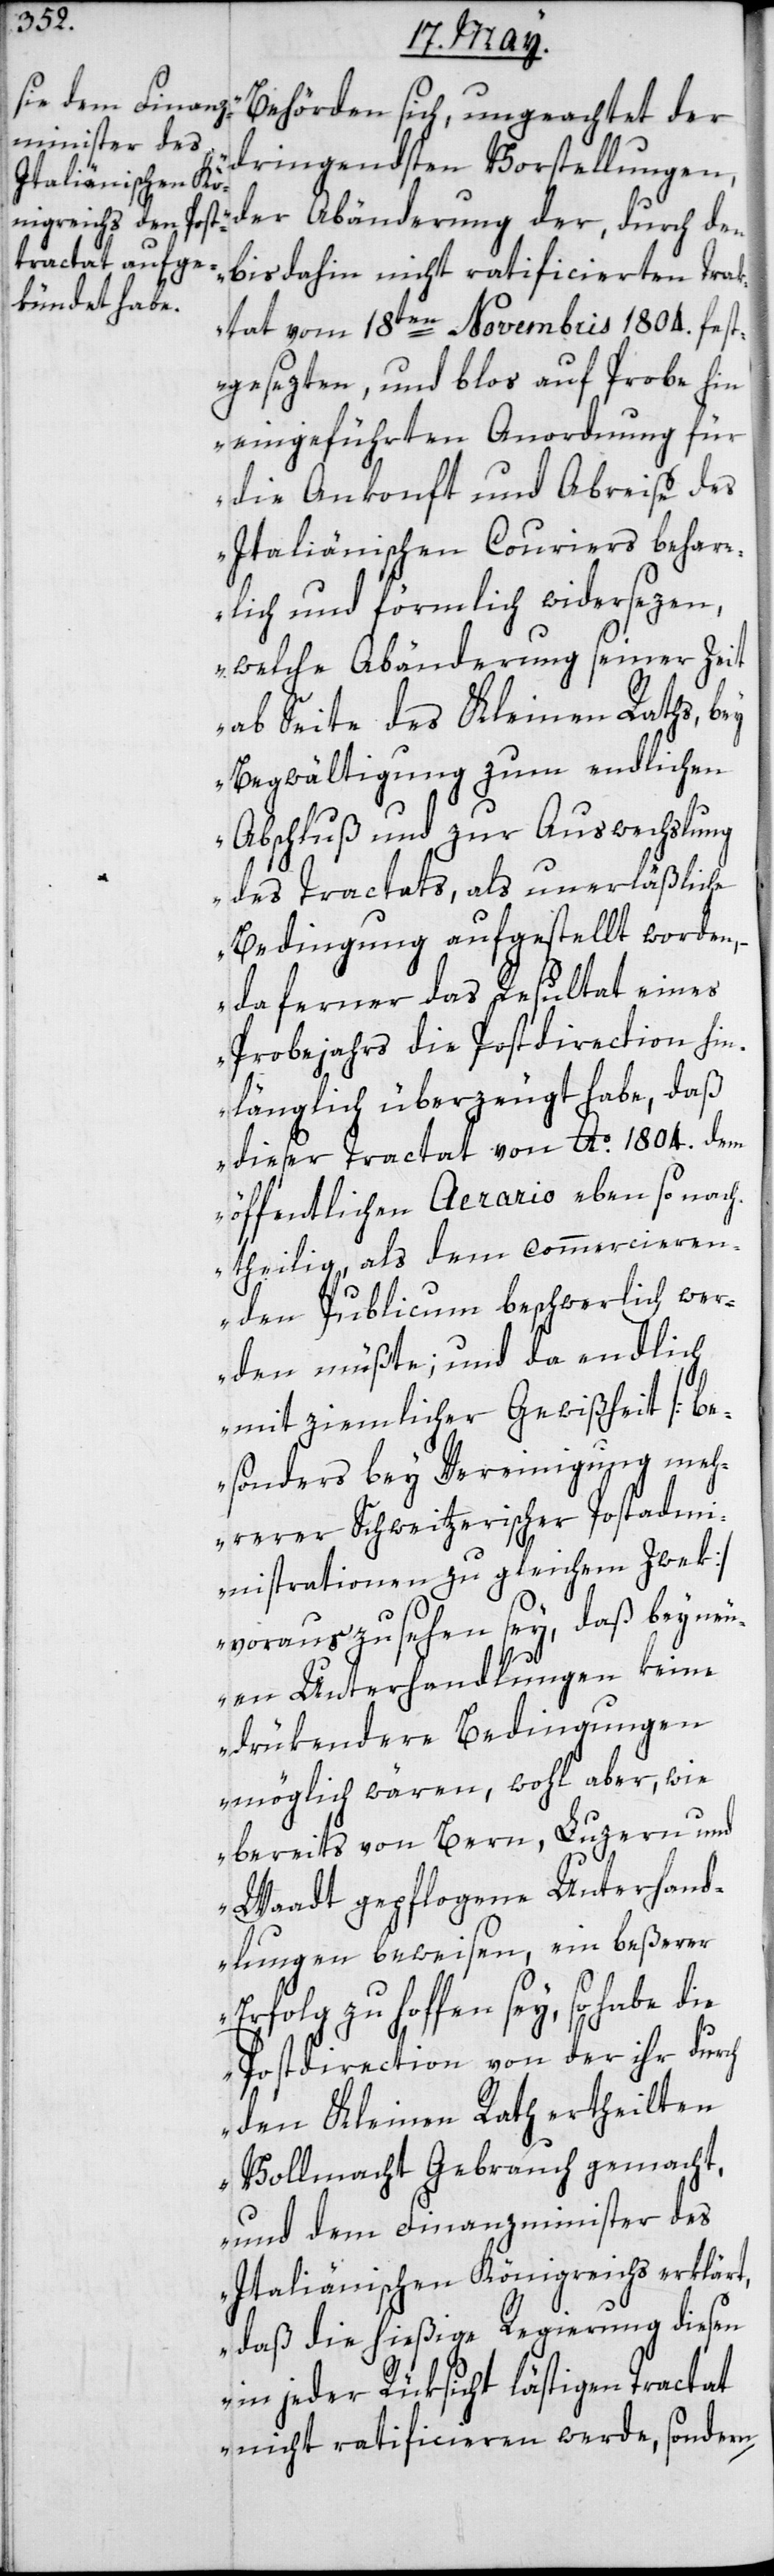
Behörden sich, ungeachtet der
dringendsten Vorstellungen,
der Abänderung der durch den
bis dahin nicht ratificierten Trac¬
tat vom 18ten Novembris 1804. fest¬
gesezten, und blos auf Probe hin
eingeführten Anordnung für
die Ankonft und Abreise des
italienischen Couriers behar¬
rlich und förmlich widersezen,
welche Abänderung seiner Zeit
ab Seite des Kleinen Raths, bey
Begwältigung zum endlichen
Abschluß und zur Auswechslung
des Tractats, als unerläßliche
Bedingung aufgestellt worden,
da ferner das Resultat eines
Probejahrs die Postdirection hin¬
länglich überzeugt habe, daß
dieser Tractat von Ao. 1804. dem
öffentlichen Aerario eben so nach¬
theilig, als dem commercieren¬
den Publicum beschwerlich wer¬
den müßte; und da endlich
mit ziemlicher Gewißheit [be¬
sonders bey Vereinigung meh¬
rerer Schweitzerischer Postadmi¬
nistrationen zu gleichem Zwek]
vorauszusehen sey, daß bey neu¬
en Unterhandlungen keine
drükendere Bedingungen
möglich wären, wohl aber, wie
bereits von Bern, Luzern und
Waadt gepflogene Unterhand¬
lungen beweisen, ein beßerer
Erfolg zu hoffen sey, so habe die
Postdirection von der ihr durch
den Kleinen Rath ertheilten
Vollmacht Gebrauch gemacht,
und dem Finanzminister des
Italiänischen Königreichs erklärt,
daß die hießige Regierung diesen
in jeder Rüksicht lästigen Tractat
nicht ratificieren werde, sondern